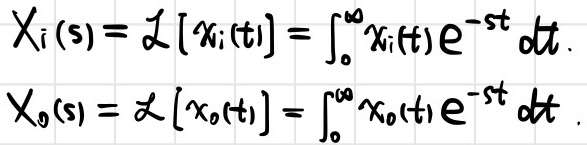
\[\begin{align*}
X_{i}(s)&=\mathcal{L}[x_{i}(t)]=\int_{0}^{\infty}x_{i}(t)e^{-st}\mathrm{d}t\\
X_{0}(s)&=\mathcal{L}[x_{0}(t)]=\int_{0}^{\infty}x_{0}(t)e^{-st}\mathrm{d}t
\end{align*}\]